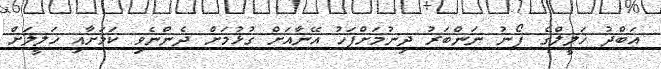
އަބްދު ޚަލީލްގެ ފޯނު ނަންބަރު ދިނުމަށްފަހު އޭނާއަށް ގުޅުމަށް ދެންނެވި ކަމަށާއި ޚަލީލަށް